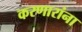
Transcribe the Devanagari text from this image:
करणारांना